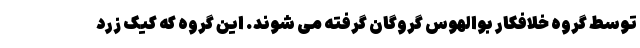
توسط گروه خلافکار بوالهوس گروگان گرفته می شوند. این گروه که کیک زرد